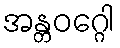
အန္တဝဂ္ဂေါ